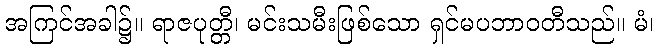
အကြင်အခါ၌။ ရာဇပုတ္တီ၊ မင်းသမီးဖြစ်သော ရှင်မပဘာဝတီသည်။ မံ၊